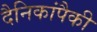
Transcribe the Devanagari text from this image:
दैनिकांपैकी